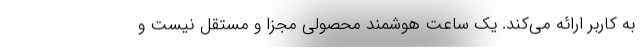
به کاربر ارائه می‌کند. یک ساعت هوشمند محصولی مجزا و مستقل نیست و